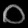
Digit: ၀